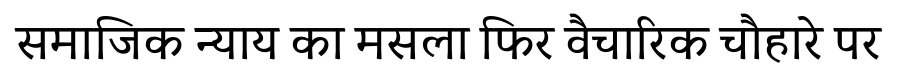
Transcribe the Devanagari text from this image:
समाजिक न्याय का मसला फिर वैचारिक चौहारे पर